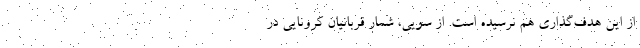
از این هدف‌گذاری هم نرسیده است. از سویی، شمار قربانیان کرونایی در